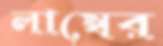
লাম্বের